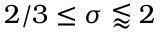
2 / 3 \le \sigma \lessapprox 2